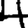
Digit: 4